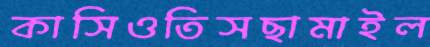
কাসিওতিসছামাইল